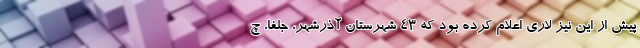
پیش از این نیز لاری اعلام کرده بود که ۴۳ شهرستان‌ آذرشهر، جلفا، چ